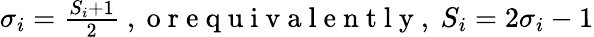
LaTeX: \begin{array}{r}{\sigma_{i}=\frac{S_{i}+1}{2}\mathrm{~,~o~r~e~q~u~i~v~a~l~e~n~t~l~y~,~}S_{i}=2\sigma_{i}-1}\end{array}